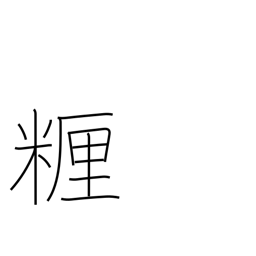
Meaning: centimeter